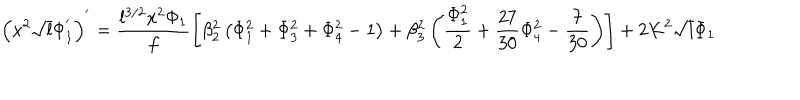
\left( x ^ { 2 } \sqrt { l } \Phi _ { 1 } ^ { ' } \right) ^ { ' } = \frac { l ^ { 3 / 2 } x ^ { 2 } \Phi _ { 1 } } { f } \left[ \beta _ { 2 } ^ { 2 } \left( \Phi _ { 1 } ^ { 2 } + \Phi _ { 3 } ^ { 2 } + \Phi _ { 4 } ^ { 2 } - 1 \right) + \beta _ { 3 } ^ { 2 } \left( \frac { \Phi _ { 1 } ^ { 2 } } { 2 } + \frac { 2 7 } { 3 0 } \Phi _ { 4 } ^ { 2 } - \frac { 7 } { 3 0 } \right) \right] + 2 K ^ { 2 } \sqrt { l } \Phi _ { 1 }